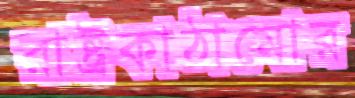
রাষ্ট্রকাঠামোর